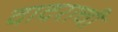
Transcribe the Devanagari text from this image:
दादराची